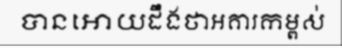
បានអោយដឹងថាអគារកម្ពស់